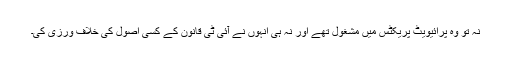
نہ تو وہ پرائیویٹ پریکٹس میں مشغول تھے اور نہ ہی انہوں نے آئی ٹی قانون کے کسی اصول کی خلاف ورزی کی۔